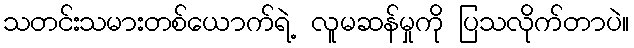
သတင်းသမားတစ်ယောက်ရဲ့ လူမဆန်မှုကို ပြသလိုက်တာပဲ။